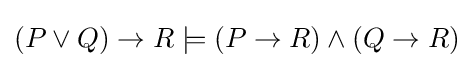
(P\lor Q)\to R\models (P\to R)\land (Q\to R)